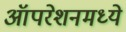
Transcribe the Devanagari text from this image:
ऑपरेशनमध्ये